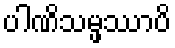
ပါဏိသမ္ဖဿာပိ